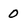
Character: 0